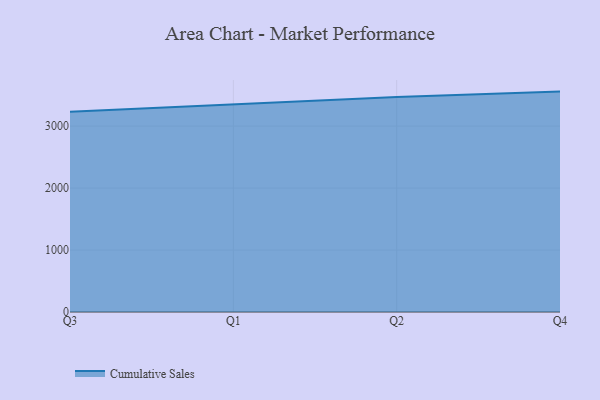
{"axis": {"x": "Quarter", "y": "Demand Index"}, "legend": ["Cumulative Sales"], "data": [{"x": "Q3", "y": 3233.2, "type": "Cumulative Sales"}, {"x": "Q1", "y": 3348.3, "type": "Cumulative Sales"}, {"x": "Q2", "y": 3469.3, "type": "Cumulative Sales"}, {"x": "Q4", "y": 3557.2, "type": "Cumulative Sales"}]}